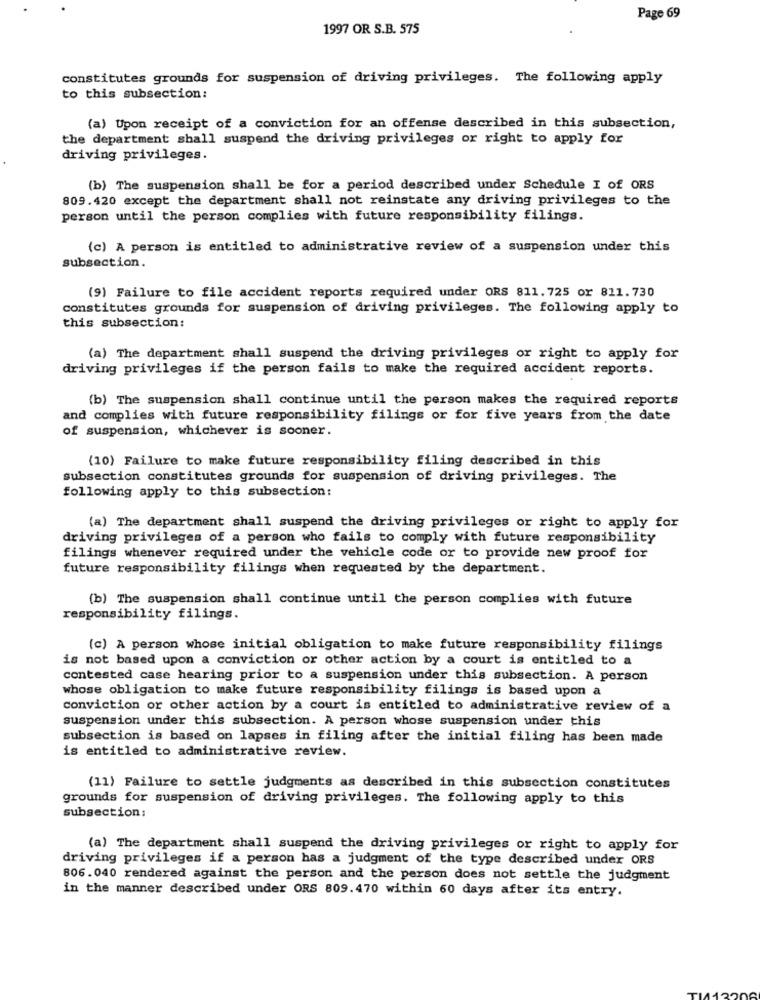
Page 69
1997 OR S.B. 575
constitutes grounds for suspension of driving privileges. The following apply
to this subsection:
(a) Upon receipt of a conviction for an offense described in this subsection,
the department shall suspend the driving privileges or right to apply for
driving privileges.
(b) The suspension shall be for a period described under Schedule I of ORS
809.420 except the department shall not reinstate any driving privileges to the
person until the person complies with future responsibility filings.
(c) A person is entitled to administrative review of a suspension under this
subsection.
(9) Failure to file accident reports required under ORS 811.725 or 811.730
constitutes grounds for suspension of driving privileges. The following apply to
this subsection:
(a) The department shall suspend the driving privileges or right to apply for
driving privileges if the person fails to make the required accident reports.
(b) The suspension shall continue until the person makes the required reports
and complies with future responsibility filings or for five years from the date
of suspension, whichever is sooner.
(10) Failure to make future responsibility filing described in this
subsection constitutes grounds for suspension of driving privileges. The
following apply to this subsection:
(a) The department shall suspend the driving privileges or right to apply for
driving privileges of a person who fails to comply with future responsibility
filings whenever required under the vehicle code or to provide new proof for
future responsibility filings when requested by the department.
(b) The suspension shall continue until the person complies with future
responsibility filings.
(c) A person whose initial obligation to make future responsibility filings
is not based upon a conviction or other action by a court is entitled to a
contested case hearing prior to a suspension under this subsection. A person
whose obligation to make future responsibility filings is based upon a
conviction or other action by a court is entitled to administrative review of a
suspension under this subsection. A person whose suspension under this
subsection is based on lapses in filing after the initial filing has been made
is entitled to administrative review.
(11) Failure to settle judgments as described in this subsection constitutes
grounds for suspension of driving privileges. The following apply to this
subsection:
(a) The department shall suspend the driving privileges or right to apply for
driving privileges if a person has a judgment of the type described under ORS
806.040 rendered against the person and the person does not settle the judgment
in the manner described under ORS 809.470 within 60 days after its entry.